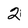
Character: 2